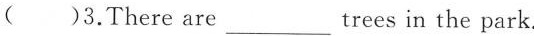
( )3.There are___ trees in the park.